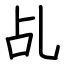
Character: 乩